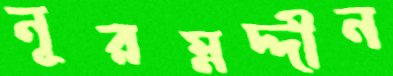
নূরম্নদ্দীন